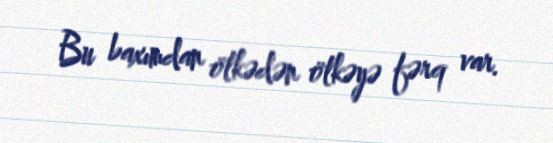
Bu baxımdan ölkədən ölkəyə fərq var.